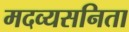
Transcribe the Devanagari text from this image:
मदव्यसनिता